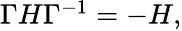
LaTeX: \begin{array}{r}{\Gamma H\Gamma^{-1}=-H,}\end{array}